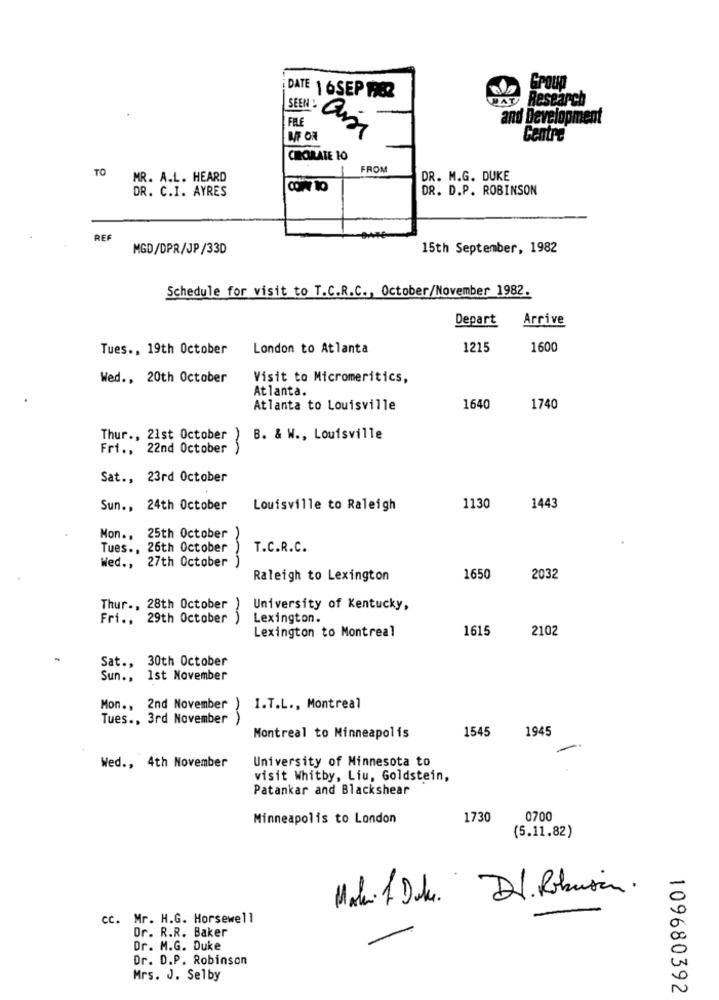
POU
DATE 1 6SEP 1982
DAT Research
SEEN
FILE
and Development
Centre
CIRORATE 10
TO
FROM
MR. A.L. HEARD
DR. M.G. DUKE
DR. C.I. AYRES
DR. D.P. ROBINSON
RES
MGD/DPR/JP/33D
15th September, 1982
Schedule for visit to T.C.R.C ., October/November 1982.
Depart
Arrive
Tues ., 19th October
London to Atlanta
1215
1600
Wed ., 20th October
Visit to Micromeritics,
Atlanta.
Atlanta to Louisville
1640
1740
Thur ., 21st October )
B. & W ., Louisville
Fri ., 22nd October
Sat ., 23rd October
Sun ., 24th October
Louisville to Raleigh
1130
1443
Mon ., 25th October
Tues ., 26th October
T.C.R.C.
Wed ., 27th October
Raleigh to Lexington
1650
2032
Thur ., 28th October
University of Kentucky,
Fri .. 29th October
-A
Lexington.
Lexington to Montreal
1615
2102
Sat ., 30th October
Sun ., 1st November
Mon ., 2nd November ) I.T.L ., Montreal
Tues ., 3rd November
1545
1945
Montreal to Minneapolis
University of Minnesota to
Wed ., 4th November
visit Whitby, Liu, Goldstein,
Patankar and Blackshear
Minneapolis to London
1730
0700
(5.11.82)
Malu 1 Del. D. Robusin .
cc. Mr. H.G. Horsewell
Dr. R.R. Baker
Dr. M.G. Duke
Dr. D.P. Robinson
Mrs. J. Selby
109680392